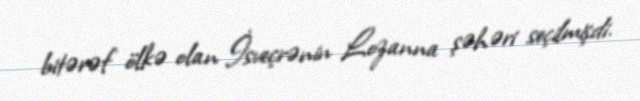
bitərəf ölkə olan İsveçrənin Lozanna şəhəri seçilmişdi.